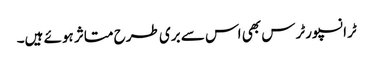
ٹرانسپورٹرس بھی اس سے بری طرح متاثر ہوئے ہیں۔